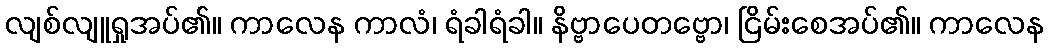
လျစ်လျူရှုအပ်၏။ ကာလေန ကာလံ၊ ရံခါရံခါ။ နိဗ္ဗာပေတဗ္ဗော၊ ငြိမ်းစေအပ်၏။ ကာလေန